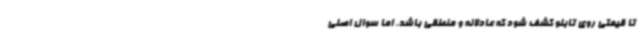
تا قیمتی روی تابلو کشف شود که عادلانه و منطقی باشد. اما سوال اصلی